Annual report on the mental hospital in the Central Provinces and Berar (Nagpur) - 1927-1951
Year: 1927
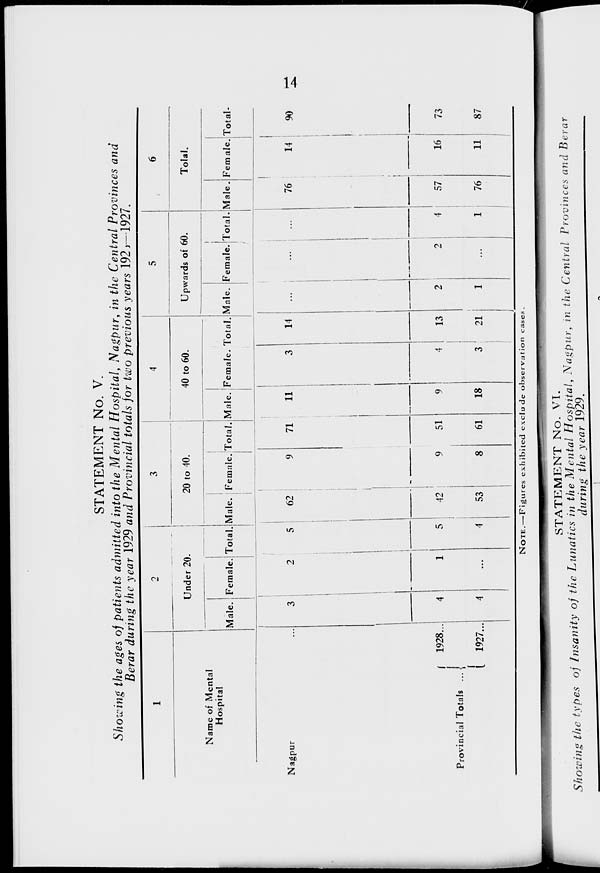
14
STATEMENT No. V.
Showing the ages of patients admitted into the Mental Hospital, Nagpur, in the Central Provinces and
Berar during the year 1929 and Provincial totals for two previous years 1926—1927.
1
Name of Mental
Hospital
Nagpur ...
Provincial Totals ...
1928...
1927...
2
Under 20.
Male.
3
4
4
Female.
2
1
...
Total.
5
5
4
3
20 to 40.
Male.
62
42
53
Female.
9
9
8
Total.
71
51
61
4
40 to 60.
Male.
11
9
18
Female.
3
4
3
Total.
14
13
21
5
Upwards of 60.
Male.
...
2
1
Female.
...
2
...
Total.
...
4
1
6
Total.
Male.
76
57
76
Female.
14
16
11
Total.
90
73
87
NOTE.—Figures exhibited exclude observation cases.